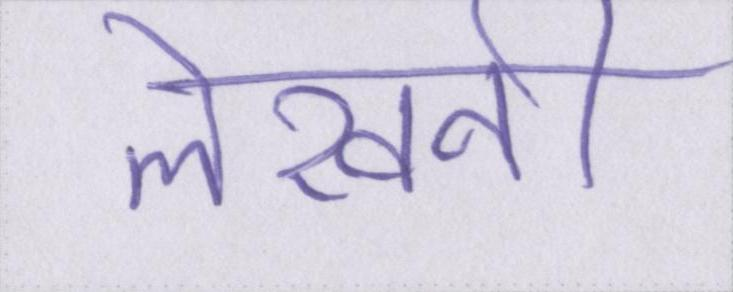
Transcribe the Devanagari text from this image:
लेखनी